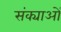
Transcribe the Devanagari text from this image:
संक्याओं